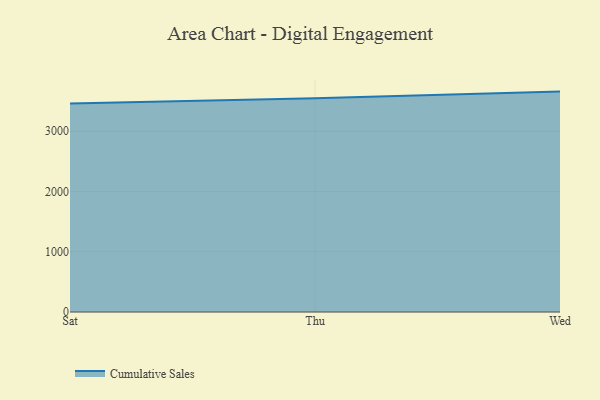
{"axis": {"x": "Day", "y": "Inventory Turnover"}, "legend": ["Cumulative Sales"], "data": [{"x": "Sat", "y": 3459.5, "type": "Cumulative Sales"}, {"x": "Thu", "y": 3544.6, "type": "Cumulative Sales"}, {"x": "Wed", "y": 3656.5, "type": "Cumulative Sales"}]}